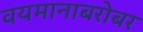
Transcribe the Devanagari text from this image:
वयमानाबरोबर